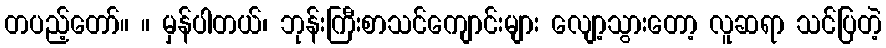
တပည့်တော်။ ။ မှန်ပါတယ်၊ ဘုန်းကြီးစာသင်ကျောင်းများ လျော့သွားတော့ လူဆရာ သင်ပြတဲ့